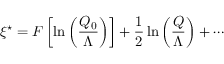
\xi ^ { \star } = F \left[ \ln \left( \frac { Q _ { 0 } } { \Lambda } \right) \right] + \frac { 1 } { 2 } \ln \left( \frac { Q } { \Lambda } \right) + \cdots